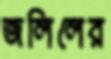
জলিলের